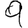
Digit: 9